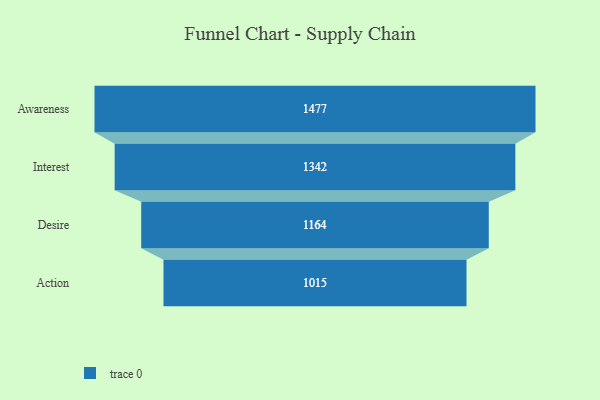
{"axis": {"x": "Stage", "y": "Value"}, "legend": [""], "data": [{"x": "Awareness", "y": 1477.0, "type": ""}, {"x": "Interest", "y": 1342.0, "type": ""}, {"x": "Desire", "y": 1164.0, "type": ""}, {"x": "Action", "y": 1015.0, "type": ""}]}